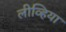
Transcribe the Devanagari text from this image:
लीव्हिया